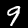
Digit: 9